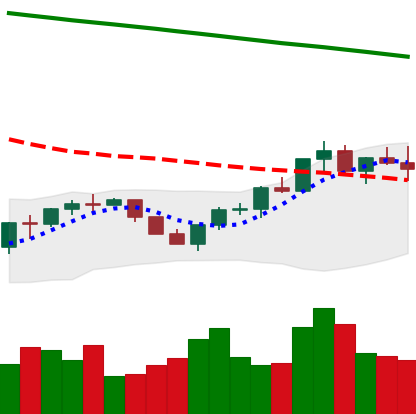
Ticker: BNB-USD
Chart end date: 2022-07-23
Forward return: 6.872%
Label: up_5_7